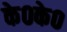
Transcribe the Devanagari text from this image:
के०के०